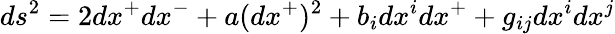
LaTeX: ds^{2}=2dx^{+}dx^{-}+a(dx^{+})^{2}+b_{i}dx^{i}dx^{+}+g_{ij}dx^{i}dx^{j}